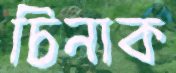
চিনাক